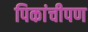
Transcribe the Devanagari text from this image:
पिकांचीपण